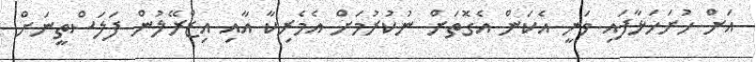
އަށް ހުށަހަޅާފައި ވަނީ އެކަން އެގޮތަށް ނުކުރުމަށް އެމެރިކާ އާއި އިޒްރޭލުން ފަލަސްތީނަށް